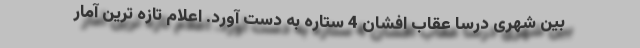
بین شهری درسا عقاب افشان 4 ستاره به دست آورد. اعلام تازه ترین آمار